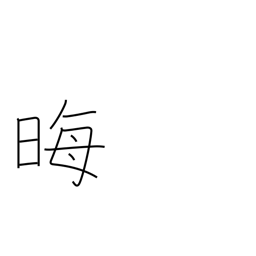
Meaning: disappear